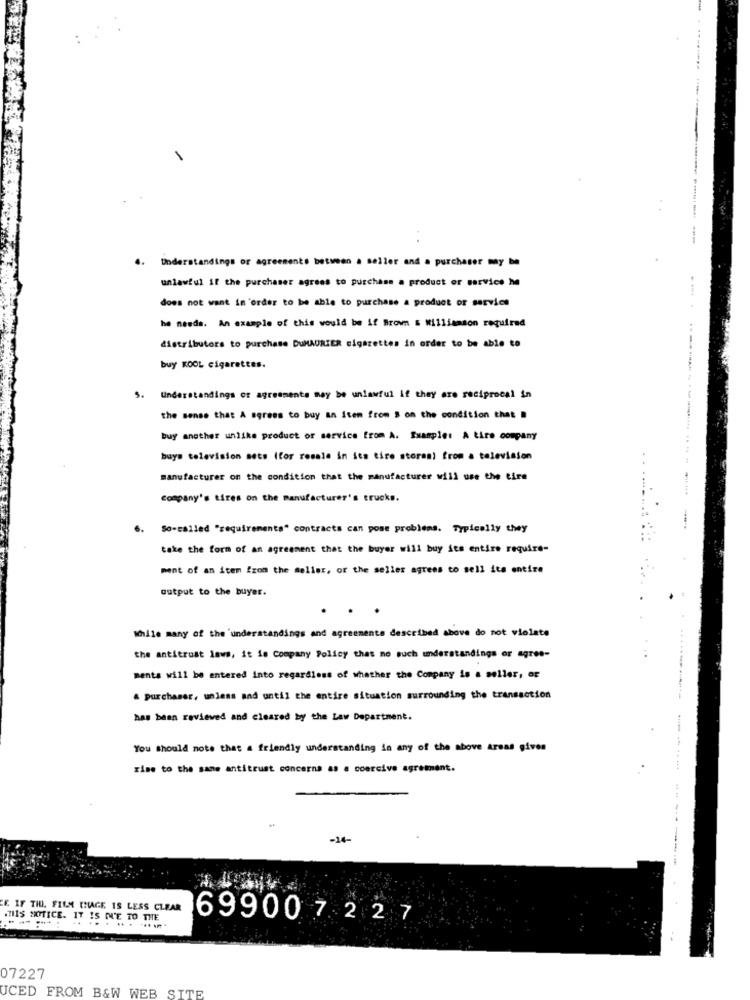
.. Understandings or agreements between a seller and a purchaser may be
unlawful if the purchaser agrees to purchase a product or service he
does not want in order to be able to purchase a product or service
he needs. An example of this would be if Brown & Williamson required
distributors to purchase DuMAURIER cigarettes in order to be able to
buy KOOL cigarettes.
5.
Understandings or agreements may be unlawful if they are reciprocal in
the sense that A agrees to buy an Item from S on the condition that .
buy another unlike product or service from A. Example: A tire company
buya television sets (for resale in its tire storas) from a television
manufacturer on the condition that the manufacturer will use the tire
-------------- -- - --
Company's tires on the manufacturer's trucks.
6.
So-called "requirements" contracts can pose problems. Typically they
take the form of an agreement that the buyer will buy its entire require-
ment of an item from the seller, or the seller agrees to sell its entire
output to the buyer.
While many of the 'understandings and agreements described above do not violate
the antitrust laws, it is Company Policy that no such understandings or agree-
ments will be entered into regardless of whether the Company is a seller, or
& purchaser, unless and until the entire situation surrounding the transaction
has been reviewed and cleared by the Law Department.
You Should note that a friendly understanding in any of the above areas gives
rise to the same antitrust concerns as a coercive agrement.
-14-
K IF THI. FILM CHAGE IS LESS CLEAR
.HIS SKYTICE. IT IS I'E TO THE
.. ..
69900 7 2 2 7
07227
UCED FROM B&W WEB SITE